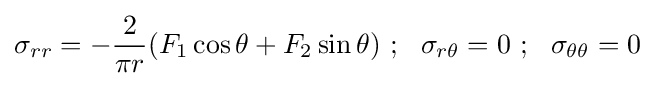
\sigma _{rr}=-{\frac {2}{\pi r}}(F_{1}\cos \theta +F_{2}\sin \theta )~;~~\sigma _{r\theta }=0~;~~\sigma _{\theta \theta }=0